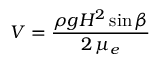
\displaystyle V = \frac { \rho g H ^ { 2 } \sin \beta } { 2 \, \mu _ { e } }